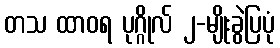
တသ ထာဝရ ပုဂ္ဂိုလ် ၂-မျိုးခွဲပြပုံ